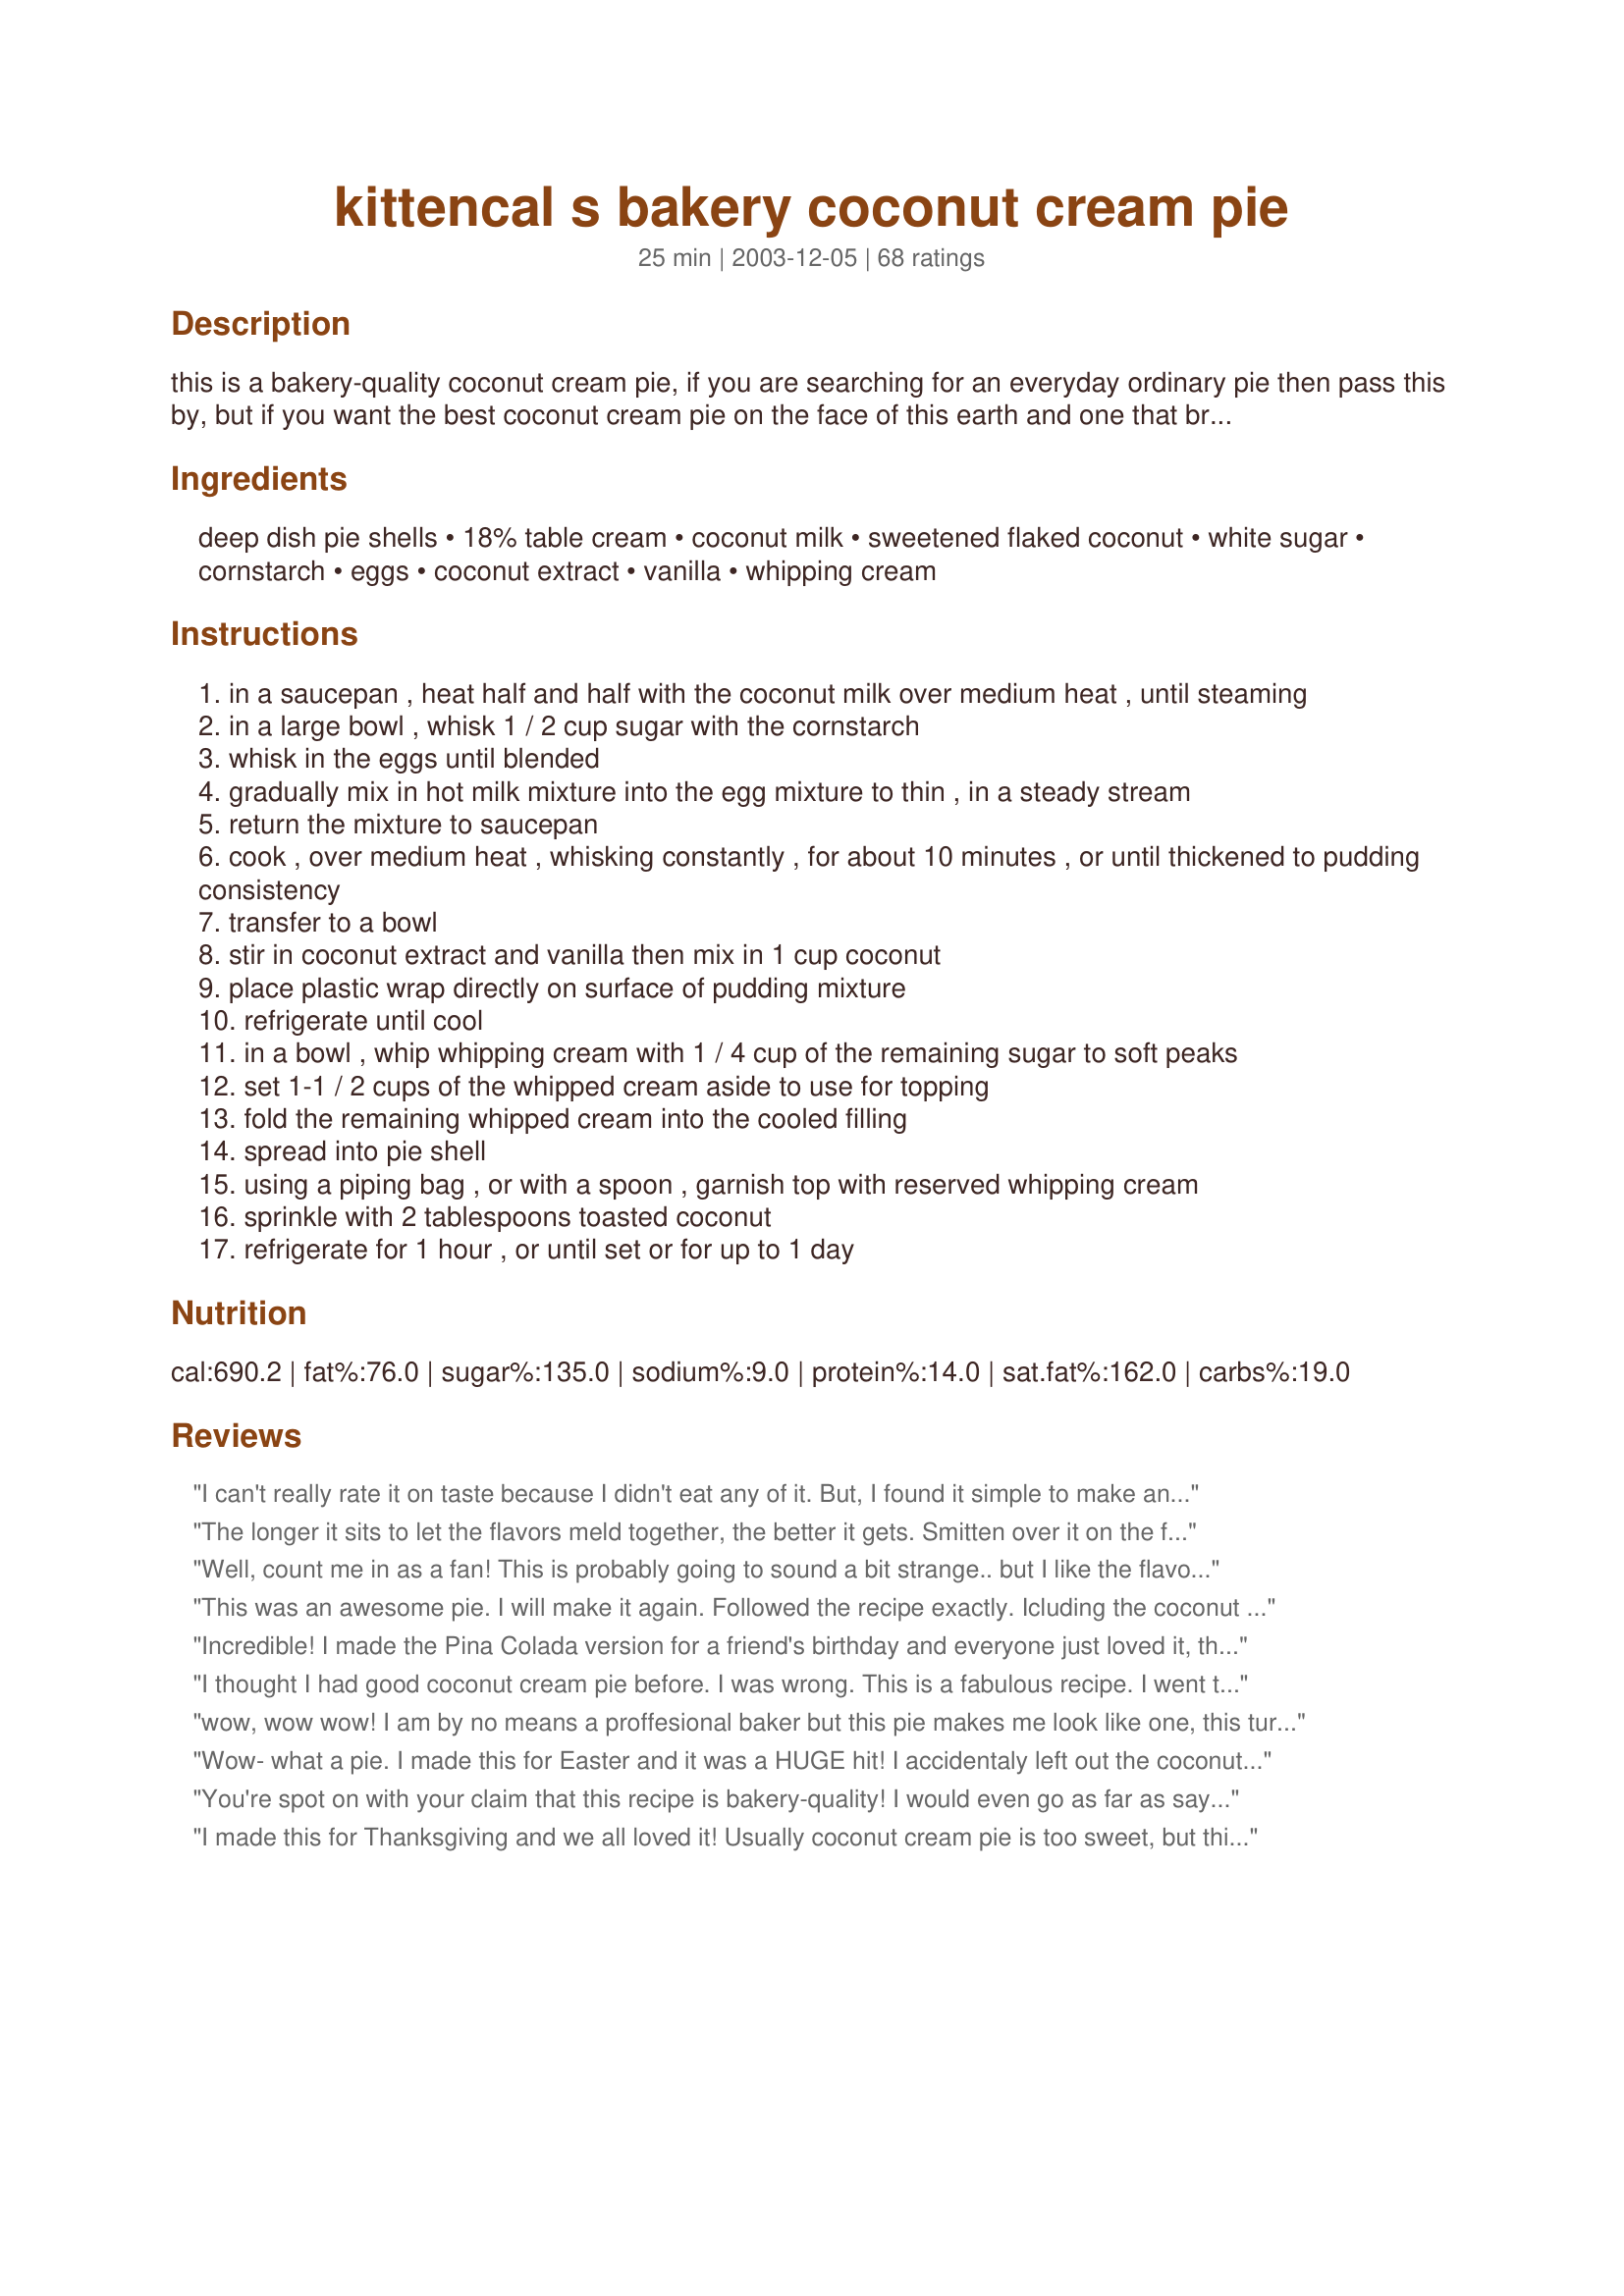
kittencal s bakery coconut cream pie
Preparation time: 25 minutes

this is a bakery-quality coconut cream pie, if you are searching for an everyday ordinary pie then pass this by, but if you want the best coconut cream pie on the face of this earth and one that brings you rave reviews then i suggest this recipe, this is one i developed years ago, it's the addition of whipped cream that makes this special, if you are only using the table cream i strongly suggest to use the 2 teaspoon coconut extract, and if you *are* going the coconut milk method, just use one 398-ml can of a good quality coconut milk with half and half cream to measure 2-1/2 cups and still add in the the coconut extract, the more coconut flavor the better i say, then proceed with same directions, if you don't want the texture of shredded coconut in the filling you may omit if desired, really this pie has so much flavor you won't even miss it! --- to make it a pina colada pie, add 2 tbsp dark rum into the whipped cream, and fold 1/2 cup drained crushed pineapple into filling with whipped cream, plan ahead there is a chilling time for the pie --- see my recipe#66929

Ingredients:
deep dish pie shells, 18% table cream, coconut milk, sweetened flaked coconut, white sugar, cornstarch, eggs, coconut extract, vanilla, whipping cream

Steps:
in a saucepan , heat half and half with the coconut milk over medium heat , until steaming
in a large bowl , whisk 1 / 2 cup sugar with the cornstarch
whisk in the eggs until blended
gradually mix in hot milk mixture into the egg mixture to thin , in a steady stream
return the mixture to saucepan
cook , over medium heat , whisking constantly , for about 10 minutes , or until thickened to pudding consistency
transfer to a bowl
stir in coconut extract and vanilla then mix in 1 cup coconut
place plastic wrap directly on surface of pudding mixture
refrigerate until cool
in a bowl , whip whipping cream with 1 / 4 cup of the remaining sugar to soft peaks
set 1-1 / 2 cups of the whipped cream aside to use for topping
fold the remaining whipped cream into the cooled filling
spread into pie shell
using a piping bag , or with a spoon , garnish top with reserved whipping cream
sprinkle with 2 tablespoons toasted coconut
refrigerate for 1 hour , or until set or for up to 1 day

Reviews:
I can't really rate it on taste because I didn't eat any of it. But, I found it simple to make and it looked really good when it was completed. My husband loved it though. His words were "it's awesome"
The longer it sits to let the flavors meld together, the better it gets. Smitten over it on the first day and gaga over it the second. Thanks for posting this!
Well, count me in as a fan! This is probably going to sound a bit strange.. but I like the flavor of coconut --> but don't care for coconut itself...although I can put up with toasted if it goes with something wonderful (like this pie!!)
I had bought a bottle of coconut extract on my last trip home and was searching for something to use it in. Made this pie and hit the point of adding the coconut extract - took it from the small box..EMPTY BOTTLE! lol I brought an empty bottle back from a walmart 4,800 miles away...ah well. I toasted my coconut in a frying pan and then halfway powedered it in a chopper and loaded it on the top. Listening to my wife oooo and ahhh after each of her first few bites kind of let me know she wanted to give this a 5! I took one bite and I was sold too!

Oh..can't buy deep dish pie shells here, and I was not really interested in making one today so I used this recipe to make two small pies from the same amount of ingredients. Delish!
This was an awesome pie. I will make it again. Followed the recipe exactly. Icluding the coconut extract.
Incredible! I made the Pina Colada version for a friend's birthday and everyone just loved it, they kept coming for more...I added 3/4 cup crushed pineapple and increased the whipping cream to 1 1/2 cups, also I made my own pie shell with my trusted family shortcrust recipe instead of buying a ready made one. It was really outstanding, thank you for this recipe!
I thought I had good coconut cream pie before. I was wrong. This is a fabulous recipe. I went the whole route, using the coconut extract, and I'm glad I did. This is a real keeper.
wow, wow wow! I am by no means a proffesional baker but this pie makes me look like one, this turned out better that the pies you purchase from the bakerys, Kit I thank you for another over the top recipe, you are the greatest, thank you
Wow- what a pie. I made this for Easter and it was a HUGE hit! I accidentaly left out the coconut extract while making the custard, but added it to the whip cream and it worked great. I am going to make this for many years to come.
You're spot on with your claim that this recipe is bakery-quality! I would even go as far as saying that this pie is better than the world-famous triple coconut cream pie served at Dahlia's Bakery in Seattle. Absolutely delicious!
I made this for Thanksgiving and we all loved it! Usually coconut cream pie is too sweet, but this recipe was just perfect. Very creamy and fluffy. Thanks for posting this!
This was a very good pie. I agree with triviakat, I will run the coconut through the processor to make the pieces a little finer next time. The flavor was outstanding. Thanks for posting.
Oh my. Oh wow. Loved this pie. I'd actually never prepared a coconut cream pie before and I'm so glad this is the recipe I selected. I picked it because its delicious coconut flavor comes from actual coconut and not coconut extract. Also, I liked that it uses whole eggs rather than just the yolks. Based on prior reviews, the only change I made was to use my blender to puree the coconut custard mixture before chilling. I also added some vanilla extract to the whipping cream. Wouldn't you know that I accidentally skipped the step in which you're supposed to fold some of the whipped cream in with the custard? No worries though because it was excellent with all the whipped cream piled on top instead. This is a creamy, light (in texture, not calories!), easy dessert which is perfect for coconut lovers. Thanks for posting! --Heather
This is THEE best coconut cream pie EVER!!!! Kitten, I pride myself on being a coconut cream pie pro taster, and this is pure bliss!! I made little phylo tartlets filled with this recipe topped with the whipped cream and toasted coconut for my MIL as she was just out of the hospital from back surgery..the rest I made a pie (for ME!!) and we are both thankful to you for this 1..bravo!!
Am I the only one who didnt have 1-1/2 cup or more of whipping cream? I had to make more.... 1 cup of whipping cream did not make 2 cups
Love the look of this one, i will be making this.
Excellent. One guest told me they like it better than the pie at Smokey Valley Truck Stop in Olive Hill, KY. That is quite a compliment. I did not use the coconut flavoring and I let it set for several hours before serving to make sure all flavors were blended well. This will be a standard in my personal recipe collection.
wow, wow, and WOW! this pie is absolutely delicious. i made it for Thanksgiving and got lots of compliments, starting as soon as i walked in the door with it. it is a really beautiful pie and i was proud to show it off. i used coconut milk, coconut extract (although i used 1/2 tsp more than called for and the flavor was not overpowering at all. it was perfect), and i also folded in coconut. i made it with a homemade shortbread crust and it couldn't have been better. i usually make different pies every year for holidays, but this one will make an appearance for years to come! thanks so much for another great recipe! you have yet to disappoint me!
Once again I know that I can count on Kitten to provode the ultimate in a to-die-for recipe. This was amazing. Ultra creamy and the addition of the coconut milk makes all the difference. This was made for a picky coconut cream fan and even he was flabergasted. Thanks Kitten!
This was wonderful....and I don't usually like coconut. I initially baked it for my husband who loves coconut cream pie, but now I am just as much a fan. I will admit, I used meringue instead....mainly to cut some of the fat.
When looking for a coconut cream pie recipe, I knew Kittencal wouldn't let me down. Her recipes always deliver. I made this for a pie sharing event at work. It was the talk of the office. I went the coconut milk and half-and-half route without coconut in the filling, but extra on top. Next time I will probably bump up the coconut extract since I prefer the texture without the flakes inside. Otherwise the flavor was pleasantly subtle.
I'm sure it is entirely my fault that this recipe didn't work, but it turned out to be a sloppy, goopy mess! I also thought the addition of the coconut extract gave it a really artificial flavour.
This recipe was amazing! It did take me a little more time to make, but it was VERY worth it. I didn't have a deep dish pie pan so instead I just made two pies with the one recipe and they were a smash hit at Thanksgiving with my in-laws.
Kitten, We loved this extreme coconut pie. Next time I will make more filling as I used a really big pie pan and this pie is so delicious that I don't think there will be a problem with us eating it all!! I loved that this recipe called for the coconut milk and whipped cream. Delicious!
HELP...not really sure if I made a mistake with this one...followed the recipe exactly...when I reached the direction of putting the custard back on the stove, I was stirring constantly with a medium flame and even timed myself as the directions call for ten minutes...after 3 minutes the custard started to sieze up and resembled tapioca or rice pudding consistency so being this was my second try at it (threw the first batch out) I removed it from the heat hoping it would set up firm...no such luck...goopy and runny...but the flavor was amazing...should I have cooked it for the whole ten minutes...I was afraid it would be ruined...would like to try this recipe again...served it to family and friends and they ate it as it was...I would just like to get the consistency right...anyone else experience this????
FABULOUS!! This is so good! Next time I will use a deeper pie crust. I had a little too much filling, but the kids were happy to polish off the extra.:) I didn't use the coconut extract. Thanks for sharing such a great recipe.
OH MY GOODNESS! This pie is something I would order at Bakery Square!!!! Absolutely delicious! I would like to note, you must be sure to not be in a rush when making your pudding. If you haven't allowed the cornstarch to do its work, you will have "a "sloppy goopy mess" as a previous reviewer stated. There is plenty coconut flavor without the extract. This is a wonderful pie, if you are patient, it will be well worth the effort! Thank you for another great dessert Kitten!!!
Made in Honor of John for Kittencal's Cookathon
Delicious pie Kittencal but then I can't say I have ever tried a dessert of yours I did not like. I did not do the whip cream portion of the pie as I chose to do a meringue, but I cannot tell you what a difference using the coconut milk made, great idea!
This is a 10-star recipe. It is SOOOO good. I made it for a little Super Bowl party last night (just my fiance and me) and it was the best thing that we had. I'm not a big coconut cream pie eater but THIS was DELICIOUS. I will definitely be making it again and probably very soon because I'm sure we'll want more when it's gone.

I didn't use the coconut extract but otherwise followed the recipe using cream, not half-and-half, but I may try the half-and-half next time and see how it turns out. For the crust I used http://www.recipezaar.com/My-No-Roll-Pie-Crust-51537 using only whole wheat pastry flour and it turned out wonderful. Thank you Kittencal for the most delicious Coconut Cream Pie ever!
This pie was phenomenal and a huge hit at the office. Not only did I have people asking for the recipe; but someone asked if I would make it for them if they paid me! I have a 12 inch pie pan and adjusted the ingredients to 1 1/2 times the amount without any problems. I also added extra vanilla and coconut extract because I'm a huge fan of both. Thank you so much for posting!
I have to admit, this was my first time trying to make a coconut cream pie. It&#039;s Thanksgiving and my husband isn&#039;t a fan of pumpkin pie. So as per his request, I decided to try Coconut Cream. I follows the instructions just as they are, using coconut milk. The filling is sooo delicious! I wasn&#039;t sure on the timing for cooking the filling so I simply cooked it until it was good and thick. It only took about 7 minutes set a bit lower than medium heat. (4 instead of 5 on my dial) It set perfectly and tastes delicious! So glad I found this recipe. Delicious and easy. To everyone saying it was runny, my suspicion is you didn&#039;t allow it took cook long enough. The times are guidelines only. Once it starts gently bubbling (don&#039;t stop whisking or it will stick to the bottom) it only takes a couple mins (1-2) for it to start getting thick. Don&#039;t give up on this recipe, try again and cook it until it&#039;s thick in the pot! Don&#039;t time for 10 mins, that could be too long or not long enough, depending on your stove. You won&#039;t be disappointed. It&#039;s perfect!
After 23 years of marriage, I finally made my husband a coconut cream pie. Not being a fan of coconut, I had never made one. I found this recipe and since it was from Kittencal, I knew it had to be good. Well, I made it as directed (with the coconut milk) and apparently it was tasty and delicious. My husband kept bragging to his co-worker about the pie. They harassed him until he brought some in for them to taste. Needless to say...I just made another pie for my husband's co-workers...thanks for sharing another fabulous recipe Kittencal!!!
This is a fantastic pie recipe. Because of a dairy intolerance, we replaced the table cream with MimicCreme (a cream substitute made with almonds and cashews) and the whipping cream with Cool Whip. Otherwise, we followed the recipe very closely, including using the optional coconut extract. It was an absolutely wonderful pie, and I know we'll make it again.
Wasn't as fluffy as I expect it would be and the whipped cream amount didn't seem to be enough for me. Used homemade pate sucree blindbaked pie crust, single cream for the custard, toasted desiccated coconut coconut for the custard and double cream for the whipping cream.
Made this for my daughter's graduation party and it was a big hit! I probably added more of the whipped cream to the filling because I read in the reviews that you should make more than the recipe called for. I used an extra half cup of creme and there was plenty!
I made this for my dad's 74th birthday and he really enjoyed it (as did the rest of the family). I did not have coconut extract, so I substituted Malibu rum (yum!). The pie was fairly easy to put together and I am glad I chose this recipe. So many of Kittencal's recipes are in my tried and true file--thank you Kittencal for making life tastier for so many of us!
okkkk.. so this recipe is great!!! I did change it a little bit..
Instead of using cream, I used coffee creamer (no dairy to make it parve), instead of cocount milk I used cream of coconut wich I think it helped with the texture because I wasnt using the real half and half.. but.. it was litte to sweet for my taste. Next time I will reduce the sugar..

I did my own pie shell and it didnt came out that beautiful so I covered completely to the top.. I will send my pictures of it.

I used non dairy topping ( 8onz) and didnt used any for decorating..

It is very good and I asume that with real half and half and real whip cream would be a lot better.

Very good recipe..
Great recipe. I was looking for a Coconut Cream pie recipe to make for a friend who is a Coconut Pie freak, but hasn't found one that he really liked. I plan on making it for thanksgiving for him but wanted to try it out before i served it to him. Well, I made it today, and my family LOVED it. It's really easy to make. I used the coconut milk method and added a capful of coconut extract as well, just for extra flavor. After adding the cornstarch/egg/ sugar/ milk mixture back to the saucepan, it didn't take ten minutes to thicken, more like 5 minutes. Also, for the whipped cream, I used 2 cups of whipping cream with the 1/4 cup of remaining sugar and it was plenty sweet enough, plus I wanted more whipped cream. Thanks Kittencal for a great pie recipe. I'll let you know how my Coconut loving friend liked it.
Pretty easy to follow directions to follow, BUT - am I missing something? The Ingredients state that you need 1 cup of sweetened flaked coconut for the filling, PLUS 2 tablespoons cocunut for the garnish. WHERE in the recipe does it tell me to put the 1 cup of coconut? I've never had coconut pie before, and am making it at my in-laws request. Oh dear..... is this going to be another failure that I'll have to live down?
Creamy and delicious-the best!!!!
Followed the instructions to the letter and it was... Amazing
I made this for Father's Day as coconut is my hubby's favorite. He absoutely loved it. He is not fond of a real custardy pie, but also doesn't like the artificialness of a pie made with instant pudding. This pie was a perfect combination of flavor and texture. Not at all "eggy", but creamy and delicious. It's a keeper! Thanks, Kitten!
This was great! The coconut filling was the best I have had....ever. I used the coconut milk, the coconut extract and I folded in the coconut. The one thing I found was that using 1 cup of cream was not enough to fold in the filling and also have enough to top the pie with. I used 2 cups unwhipped cream. Once it was whippes, I folded half in to the filling and used the other half as the topping. That was the perfect amount. I made it the day before and let it set up in the fridge overnight....perfection!
This is an excellent pie! I was not sure where to find the table cream at my grocery store...I found it near the coconut milk, in the Asian food section. Also, I used the coconut extract and found the flavor to be perfect. Kittencal, I truly appreciate all of your postings!
A friend of mine bought a coconut on a random whim from an exotic food store and after finally peeling away the husk and cracking it open, we drained the milk and started thinking up what we should make with it. We came across this pie recipe and decided it was a fantastic idea. We forgot to buy coconut extract and when we got home we realized there was very little vanilla extract in the bottle, only a couple of drops. We substituted with a maple extract that we found in the back of the cabinet and added a couple dashes of cinnamon and nutmeg as well as the coconut meat we peeled ourselves and some sweetened coconut shreds mixed with it. The pie came out interesting but absolutely delicious! My friend's mom was so tempted to eat the pie mix when we let her taste it before it even made it into the pie crust!
Beautiful to look at, and perfect in quality. I have made this about 4 times now, and people always just "die" from the fabulous taste. Another reviewer said that this was "restaurant quality." It is that and then a lot more.It is perfect in every way. PLUS, it impresses the heck out of folks. That is always a plus! THANK YOU YET AGAIN, Kitten!
Another wonderful recipe from a fabulous cook! I have made this several times in the last year I just keep forgetting to go back and review it. I followed the recipe for the coconut cream exactly (including the coconut extract) and have had great results. I served mine in parfait glasses with toasted coconut, however it has always been firm enough to make a pie that would hold its shape after cutting.
This was a Father's Day present for my Dad this year. He always said that coconut cream pie was his most favorite pie but I don't remember my mom ever making it from scratch for him. Everyone gave it 5 stars. I wouldn't change a thing about the recipe. It's going to be one of those talked about pies in our family for a long time. Highly recommended.
pie was very good, did use coconut milk and extract, tried using canned whipped cream to save time but that just evaporated into the pie,i will make again and not forget to take the leftovers home with me :( !!!!!!
I'm never going to buy a coconut cream pie from the bakery again! This is so delicious, I couldn't believe that I made it! I used So Delicious Coconut Milk for the coconut milk, and half-and-half for the table cream. I accidentally goofed on the whipped cream and added 1/2 cup of sugar instead of 1/4 cup of sugar, but it still turned out great! Kittencal delivers AGAIN!!! Thank you so much for this awesome recipe!
Truly the best dessert I have ever made! My husband agreed! Will be coming back to this one again and again!
This pie was the absolute BOMB! I'm not really a pie person, but I made the pina colada version for my family the other night, and it was the best pie I've ever had. Even my Dad, who's a pie guy, said it was the best he ever had. KittenCal always has the best recipes! Thank you so much!
Fantastic! Our only change was brushing a thin coat of melted dark chocolate onto the baked crust and letting it dry before adding the filling. This keeps the crust flaky, looks pretty, and adds another dimension to the already-wonderful flavor!
Kittencal has NEVER let me down, and this is no exception. My hunny mentioned while eating at Baker's Square that coconut cream was his fave, but he was a tough critic and his slice was under par. Valentines day comes along, and I try Kitten's recipe of course. Let me tell you, he was floored, raving with praise for this pie. It was the best of the best, ever. Need I say more? Oh, I followed the recipe to a T. Right down to the coconut extract.
My DH loved this pie. I think he dove into it too soon because it was still a little loose, but the flavor was awesome! I was right. The next day, the pie had set up and even more delicious!
This has a lovely flavor. I made it for my dad when he came to visit me - it has always been his favorite dessert. He told me it was the best he'd had in years - the only comparison he came up with was the pies his aunt used to make for him when he was a boy, so I think that was probably pretty high praise. I added a bit more sugar to the pie mixture, as well as another 1/2 teaspoon of vanilla and a splash of Frangelico. I also sweetened the whipped cream topping. Thanks for sharing!
This was very good ... what I call decadent. The coconut milk was not easy to find ... thank you for the hint (Pharmgoddess.. Asian section.. otherwise I wouldn't have ever found it. But the coconut milk gives it an extra richness ... so I do think it is better with it instead of just using the half and half. I was afraid of the coconut extract but it was not overpowering at all. Of course when I made this pie I had to have a piece right away. It was good ... but much better the next day ... it needs to sit ... the flavors really come together after 24 hours. Very good .... I still like my Better Homes and Garden recipe for Coconut Cream Pie ... but this is my second best. Thank you again Kittencal for an awesome recipe ... I waiting for my invitation to dinner! :)
super delicious! It is bakery quality. It was the highlight for Easter Sunday dinner!!
My son wanted a coconut pie for his birthday this summer for one of the birthday meals. This is the one I made for him. It was absolutely wonderful! I have made several coconut cream pie recipes over the years. This was by far the best I have ever made thanks to the fabulous instructions. I have always had problems with the pies I've made in the past being too soupy. This pie held form beautifully when removed from the pie pan. Everyone raved about how wonderful it was. Thanks for the great recipe!
I could not believe how simple this was to make. It was also very delicious! Just the right amount of coconut flavor (I did use the coconut extract in mine). It was delightful! :-)
Loved it and so did my guests. People were fighting over this pie. I followed the recipe except I whipped up 2 cups of cream instead of 1 and put half a cup of cream in the pie and piled the rest of the cream on top. I used stablizer so the cream stayed intact. Bakery quality? I would say better don't sell yourself short Kittencal.
Lovely addition to my desserts for Thanksgiving this year! I sliced bananas and put them in the bottom of the crust before adding the mix and it was great! Thanks Kitten Debbie
This coconut pie is very good! I made a shortbread cookie pie crust, doubled the coconut extract and threw the shredded coconut in the food processor to chop it up a little. The coconut flavor was very good.
Absolutely fabulous! I really loved using coconut milk in it -- brilliant! Didn&#039;t have the coconut flavoring (I&#039;ll buy some before the next time I make this). My vanilla darkened and greyed the mixture more than I liked but, boy, was the flavor wonderful. Thanks again Kittencal!
Great pie! I agree that the sweetness of this pie is perfect. It is sweet enough without being overpowering. Next time I think I will run the coconut through the processor just a bit to make the pieces just a little shorter since it was a little difficult for my grandparents to eat.
This was my 1st coconut Cream pie and it was wonderful. Well worth the calories!!!
Followed the recipe as it was. Best coconut cream pie I've tasted to date, and the in-laws said the same.
This was very very good. A friend requested a coconut cream pie for their birthday and i have never made a pie. Plus i have never tried a coconut cream pie even though i worked at baker's square for like 3 years. So i made this and it was very easy to follow. It doesn't say in the directions when to add the coconut extract but i think it is during the custard making time. I couldnt find table cream. I looked it up on amazon and now i think i know what it is. So maybe next time. Also before i mixed in the whipped topping i divided the mix into 2 and made half of it regular and the other half the pina colada style. They both are very good. I used rum extract. We tried a peice this morning and my husband (who also had worked at Baker's Square) said that it tasted better than theirs! He would have liked it to set a little better inside. Maybe i can cook it longer next time or add some geletin??? Thanks!
This was a HUGE hit when I took it to work for a friends birthday! I used a deep dish pie plate, and it worked perfectly. I didn't use the coconut milk, but used the extract, it was perfect! Thanks!
